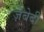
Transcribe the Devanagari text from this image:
ज़ेबेदी